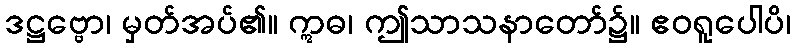
ဒဋ္ဌဗ္ဗော၊ မှတ်အပ်၏။ ဣဓ၊ ဤသာသနာတော်၌။ ဧဝရူပေါပိ၊